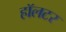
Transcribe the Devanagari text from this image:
हॉलटर